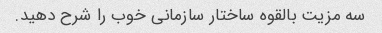
سه مزیت بالقوه ساختار سازمانی خوب را شرح دهید.